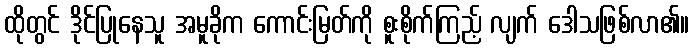
ထိုတွင် ဒိုင်ပြုနေသူ အမူခိုက ကောင်းမြတ်ကို စူးစိုက်ကြည့် လျက် ဒေါသဖြစ်လာ၏။